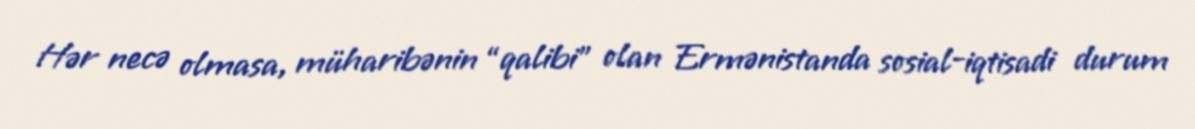
Hər necə olmasa, müharibənin “qalibi” olan Ermənistanda sosial-iqtisadi durum